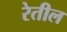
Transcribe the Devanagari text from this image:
रेतील